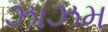
ઝાઝમ